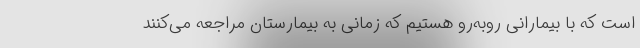
است که با بیمارانی روبه‌رو هستیم که زمانی به بیمارستان مراجعه می‌کنند